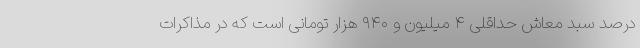
درصد سبد معاش حداقلی ۴ میلیون و ۹۴۰ هزار تومانی است که در مذاکرات